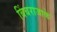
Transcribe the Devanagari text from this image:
बिंबराजाके